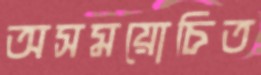
অসময়োচিত